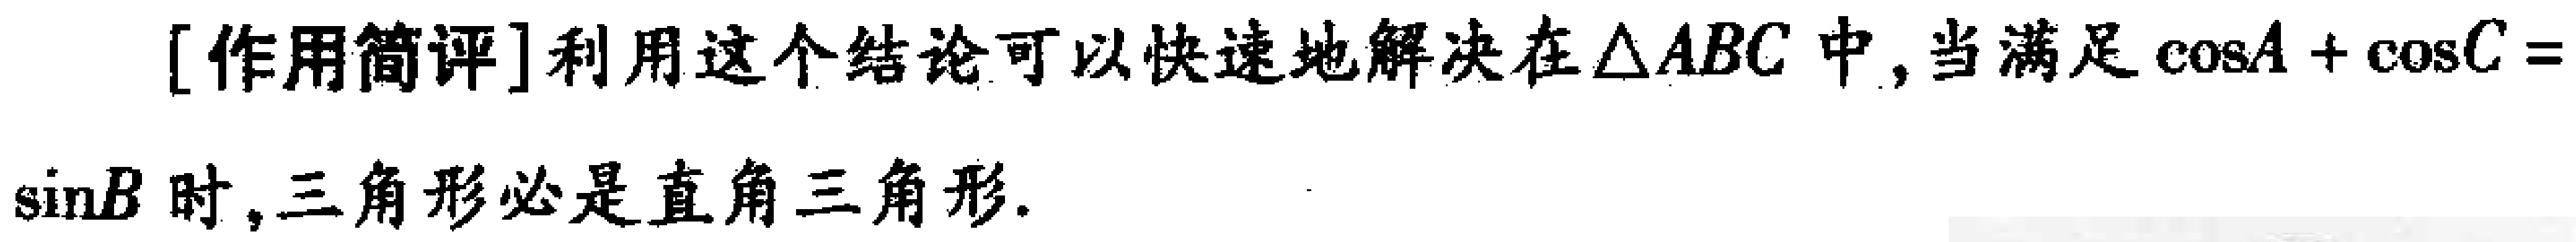
[作用简评]利用这个结论可以快速地解决在$\triangle ABC$中,当满足$\cos A+\cos C=$
$\sin B$时,三角形必是直角三角形.